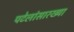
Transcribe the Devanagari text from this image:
पटेलांसारख्या